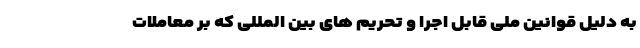
به دلیل قوانین ملی قابل اجرا و تحریم های بین المللی که بر معاملات